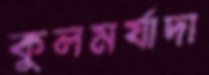
কুলমর্যাদা